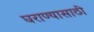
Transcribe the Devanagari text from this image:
घराण्यासाठी